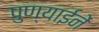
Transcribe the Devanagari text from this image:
पुण्याईनें